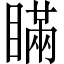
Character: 瞞